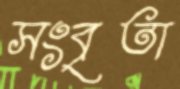
সংবৃতা